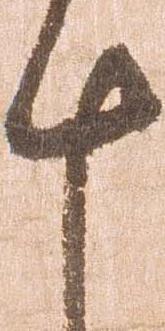
十